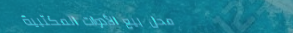
محل بيع الأدوات المكتبية